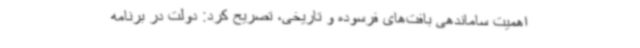
اهمیت ساماندهی بافت‌های فرسوده و تاریخی، تصریح کرد: دولت در برنامه